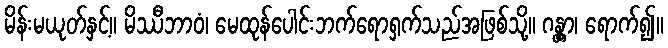
မိန်းမယုတ်နှင့်။ မိဿီဘာဝံ၊ မေထုန်ပေါင်းဘက်ရောရှက်သည်အဖြစ်သို့။ ဂန္တွာ၊ ရောက်၍။